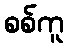
စစ်ကူ